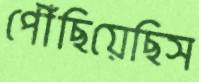
পৌঁছিয়েছিস